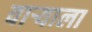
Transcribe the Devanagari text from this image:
वाऱ्याला